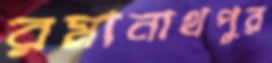
রমানাথপুর